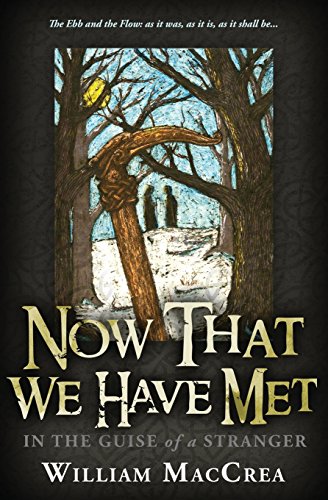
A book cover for Now That We Have Met: In The Guise Of A Stranger; William MacCrea; Parenting & Relationships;